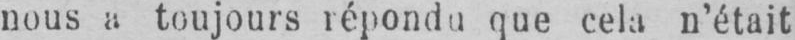
nous a toujours répondu que cela n’était